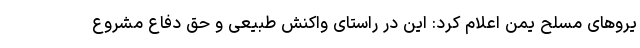
یروهای مسلح یمن اعلام کرد: این در راستای واکنش طبیعی و حق دفاع مشروع